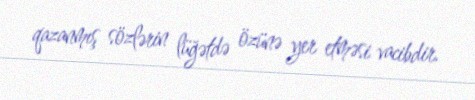
qazanmış sözlərin lüğətdə özünə yer etməsi vacibdir.